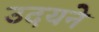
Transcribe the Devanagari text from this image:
उदयने